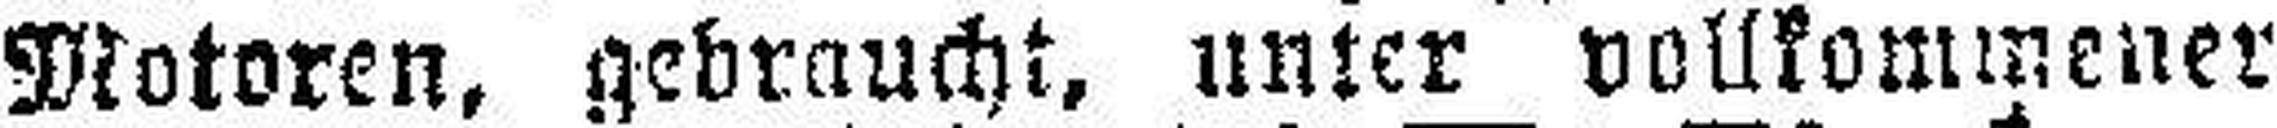
Motoren, gebraucht, unter vollkommener